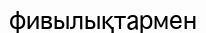
фивылықтармен